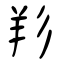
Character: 羏